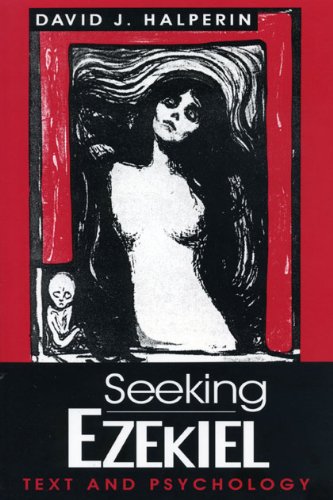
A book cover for Seeking Ezekiel: Text and Psychology; David J. Halperin; Religion & Spirituality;